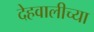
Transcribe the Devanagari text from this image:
देहवालीच्या